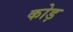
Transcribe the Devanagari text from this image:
कोड़